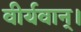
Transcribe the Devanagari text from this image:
वीर्यवान्।